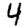
Digit: 4